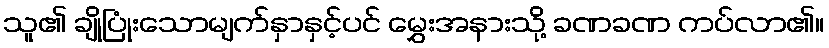
သူ၏ ချိုပြုံးသောမျက်နှာနှင့်ပင် မွှေးအနားသို့ ခဏခဏ ကပ်လာ၏။